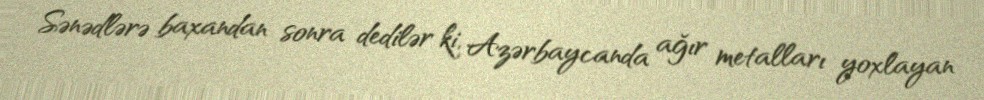
Sənədlərə baxandan sonra dedilər ki, Azərbaycanda ağır metalları yoxlayan